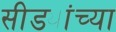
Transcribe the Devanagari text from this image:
सीड्यांच्या